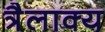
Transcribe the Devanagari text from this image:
त्रैलाक्य